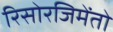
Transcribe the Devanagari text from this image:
रिसोरजिमेंतो